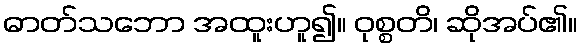
ဓာတ်သဘော အထူးဟူ၍။ ဝုစ္စတိ၊ ဆိုအပ်၏။